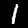
Digit: 1